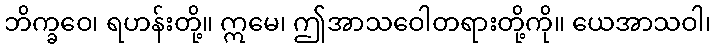
ဘိက္ခဝေ၊ ရဟန်းတို့။ ဣမေ၊ ဤအာသဝေါတရားတို့ကို။ ယေအာသဝါ၊